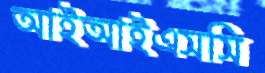
আইআইএসসি